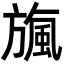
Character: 𣄖